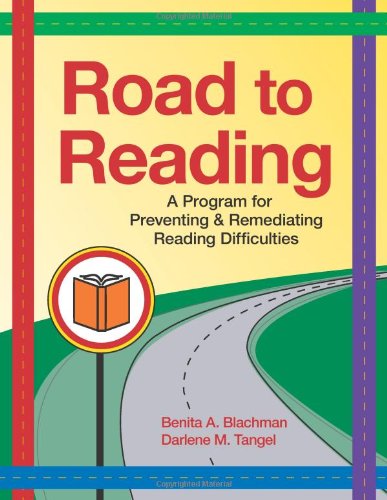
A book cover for Road to Reading: A Program for Preventing and Remediating Reading Difficulties (Vital Statistics); Benita Blachman Ph.D.; Reference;